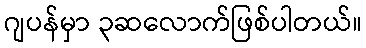
ဂျပန်မှာ ၃ဆလောက်ဖြစ်ပါတယ်။